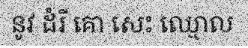
នូវ ដំរី គោ សេះ ឈ្មោល